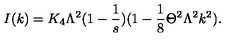
I ( k ) = K _ { 4 } \Lambda ^ { 2 } ( 1 - \frac { 1 } { s } ) ( 1 - \frac { 1 } { 8 } \Theta ^ { 2 } \Lambda ^ { 2 } k ^ { 2 } ) .